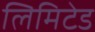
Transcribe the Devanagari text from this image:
लिमिटेड